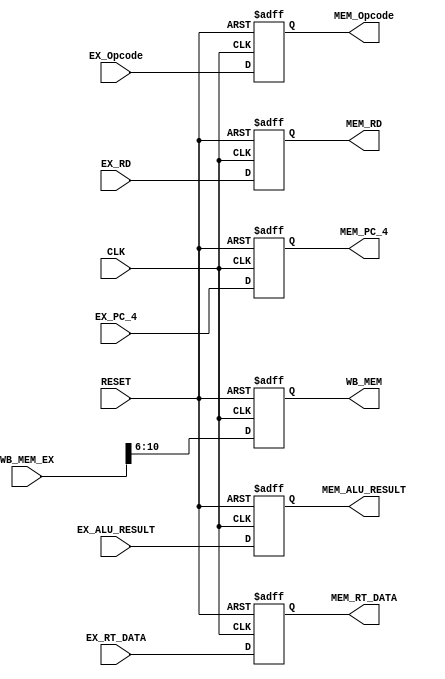
module EXMEM_Reg (
    input CLK,
    input RESET,
    input [10:0] WB_MEM_EX,
    input [5:0] EX_Opcode,
    input [31:0] EX_ALU_RESULT,
    input [31:0] EX_RT_DATA,
    input [4:0] EX_RD,
    input [31:0] EX_PC_4,
    output reg [4:0] WB_MEM,
    output reg [5:0] MEM_Opcode,
    output reg [31:0] MEM_ALU_RESULT,
    output reg [31:0] MEM_RT_DATA,
    output reg [4:0] MEM_RD,
    output reg [31:0] MEM_PC_4
);

always @(posedge CLK or posedge RESET) begin
    if (RESET) begin
        WB_MEM <= 5'b0;
        MEM_Opcode <= 6'b0;
        MEM_ALU_RESULT <= 32'd0;
        MEM_RT_DATA <= 32'd0;
        MEM_RD <= 5'b0;
        MEM_PC_4 <= 32'b0;
    end else begin
        WB_MEM <= WB_MEM_EX[10:6];
        MEM_Opcode <= EX_Opcode;
        MEM_ALU_RESULT <= EX_ALU_RESULT;
        MEM_RT_DATA <= EX_RT_DATA;
        MEM_RD <= EX_RD;
        MEM_PC_4 <= EX_PC_4;
    end
end

endmodule